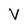
Character: V